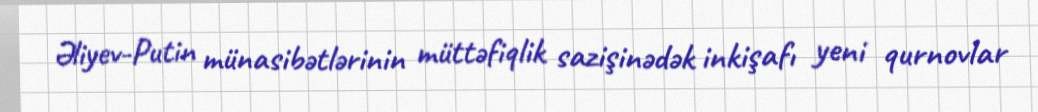
Əliyev-Putin münasibətlərinin müttəfiqlik sazişinədək inkişafı yeni qurnovlar